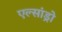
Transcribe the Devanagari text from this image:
एल्‍सांड्रो